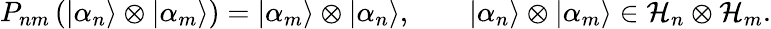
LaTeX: P_{nm}\left(\left|\alpha_{n}\right\rangle\otimes\left|\alpha_{m}\right\rangle\right)=\left|\alpha_{m}\right\rangle\otimes\left|\alpha_{n}\right\rangle,\qquad\left|\alpha_{n}\right\rangle\otimes\left|\alpha_{m}\right\rangle\in{\cal H}_{n}\otimes{\cal H}_{m}.